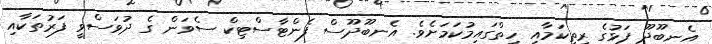
އެނބޫދޫ ފަޅުގެ ރީތިކަމާއި ހިތްގައިމުކަމަށެވެ. އެނބޫދޫސް ފެންޓާސްޓިކް ސެވަން ގެ ދުވަސްވީ ފަރުތަކާއި